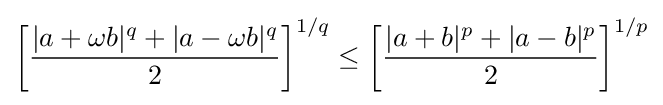
\left[{\frac {|a+\omega b|^{q}+|a-\omega b|^{q}}{2}}\right]^{1/q}\leq \left[{\frac {|a+b|^{p}+|a-b|^{p}}{2}}\right]^{1/p}